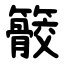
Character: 䉰